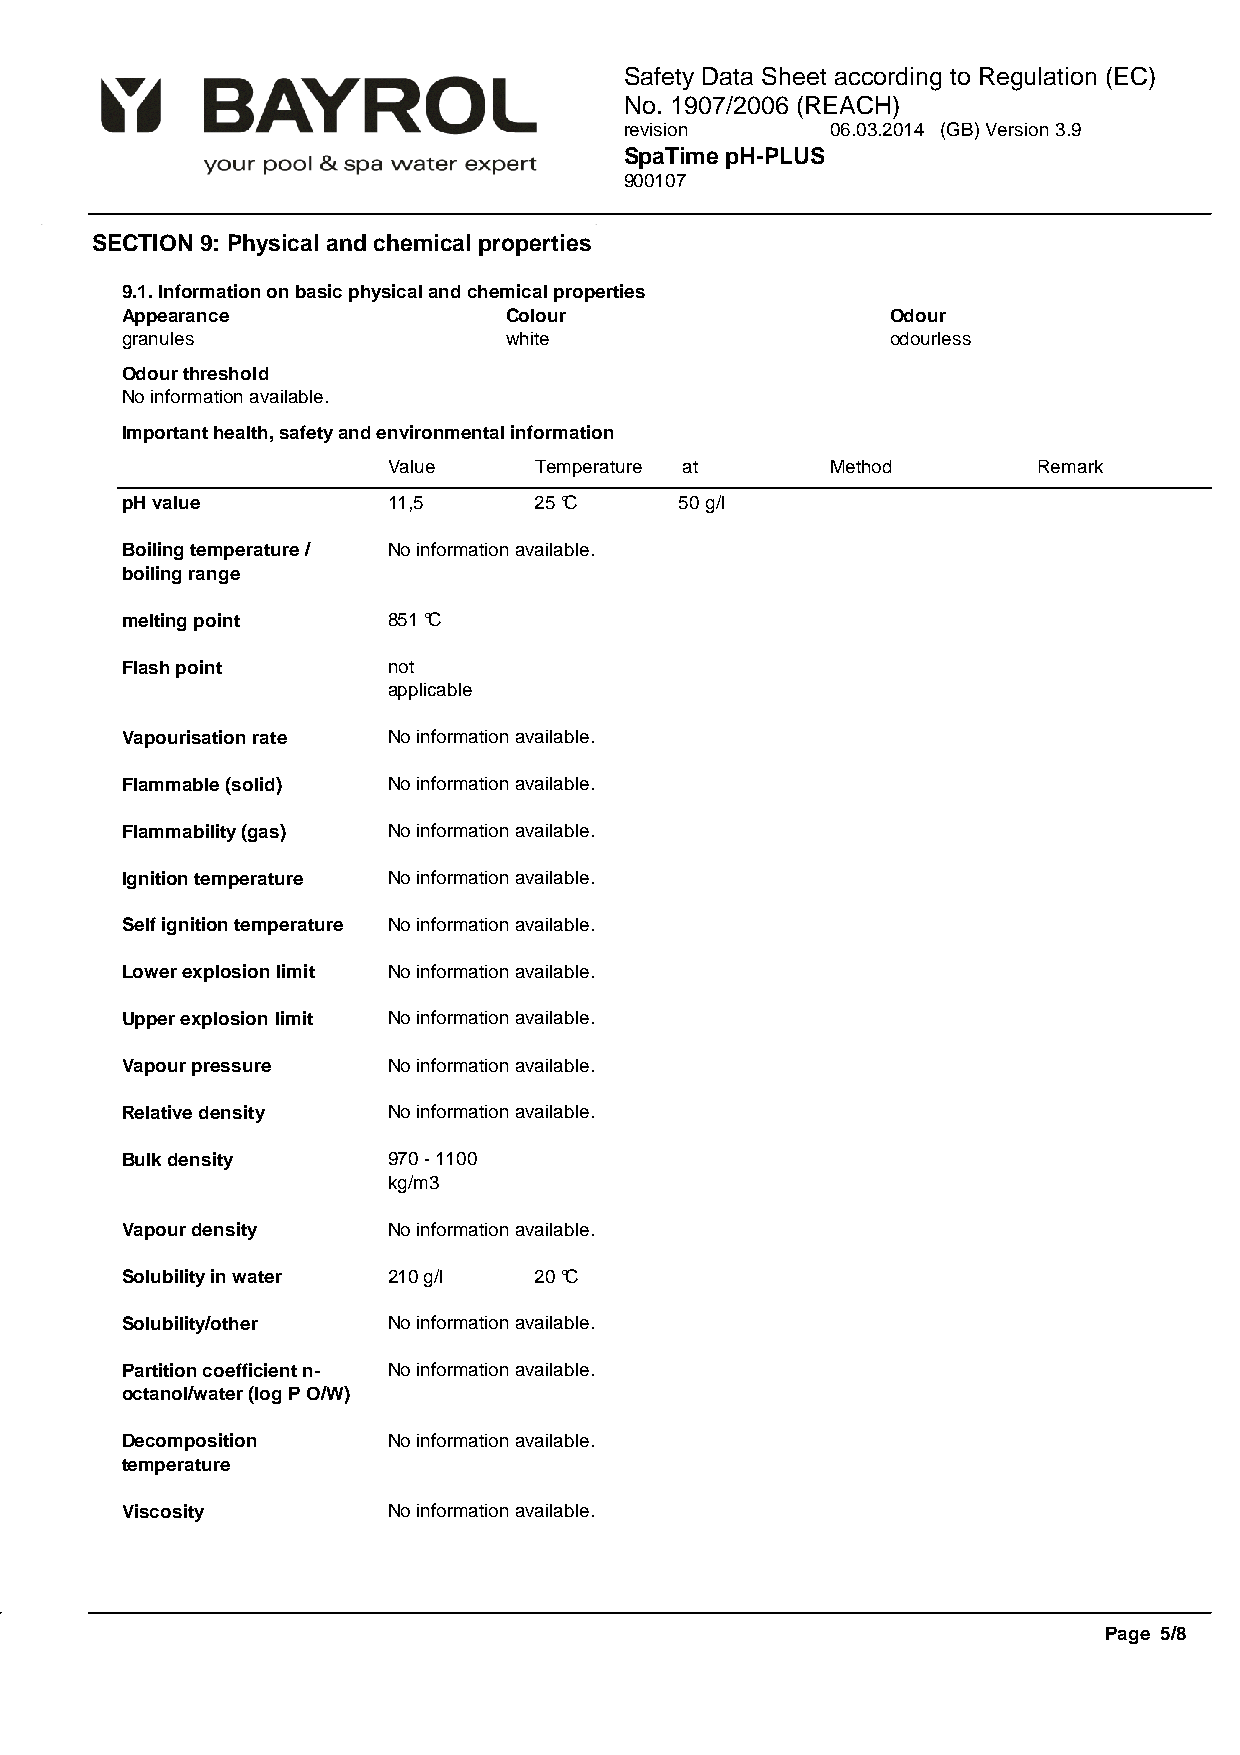
Safety Data Sheet according to Regulation (EC)
 No. 1907/2006 (REACH)
 revision      06.03.2014 (GB) Version 3.9
 SpaTime pH-PLUS
 900107
 SECTION 9: Physical and chemical properties
 9.1. Information on basic physical and chemical properties
 Appearance               Colour                    Odour
 granules                 white                     odourless
 Odour threshold
 No information available.
 Important health, safety and environmental information
 Value    Temperature at      Method        Remark
 pH value          11,5     25 °C     50 g/l
 Boiling temperature / No information available.
 boiling range
 melting point     851 °C
 Flash point       not
 applicable
 Vapourisation rate No information available.
 Flammable (solid) No information available.
 Flammability (gas) No information available.
 Ignition temperature No information available.
 Self ignition temperature No information available.
 Lower explosion limit No information available.
 Upper explosion limit No information available.
 Vapour pressure   No information available.
 Relative density  No information available.
 Bulk density      970 - 1100
 kg/m3
 Vapour density    No information available.
 Solubility in water 210 g/l 20 °C
 Solubility/other  No information available.
 Partition coefficient n- No information available.
 octanol/water (log P O/W)
 Decomposition     No information available.
 temperature
 Viscosity         No information available.
 Page 5/8